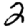
Digit: 2